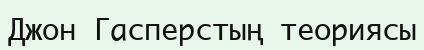
Джон Гасперстың теориясы